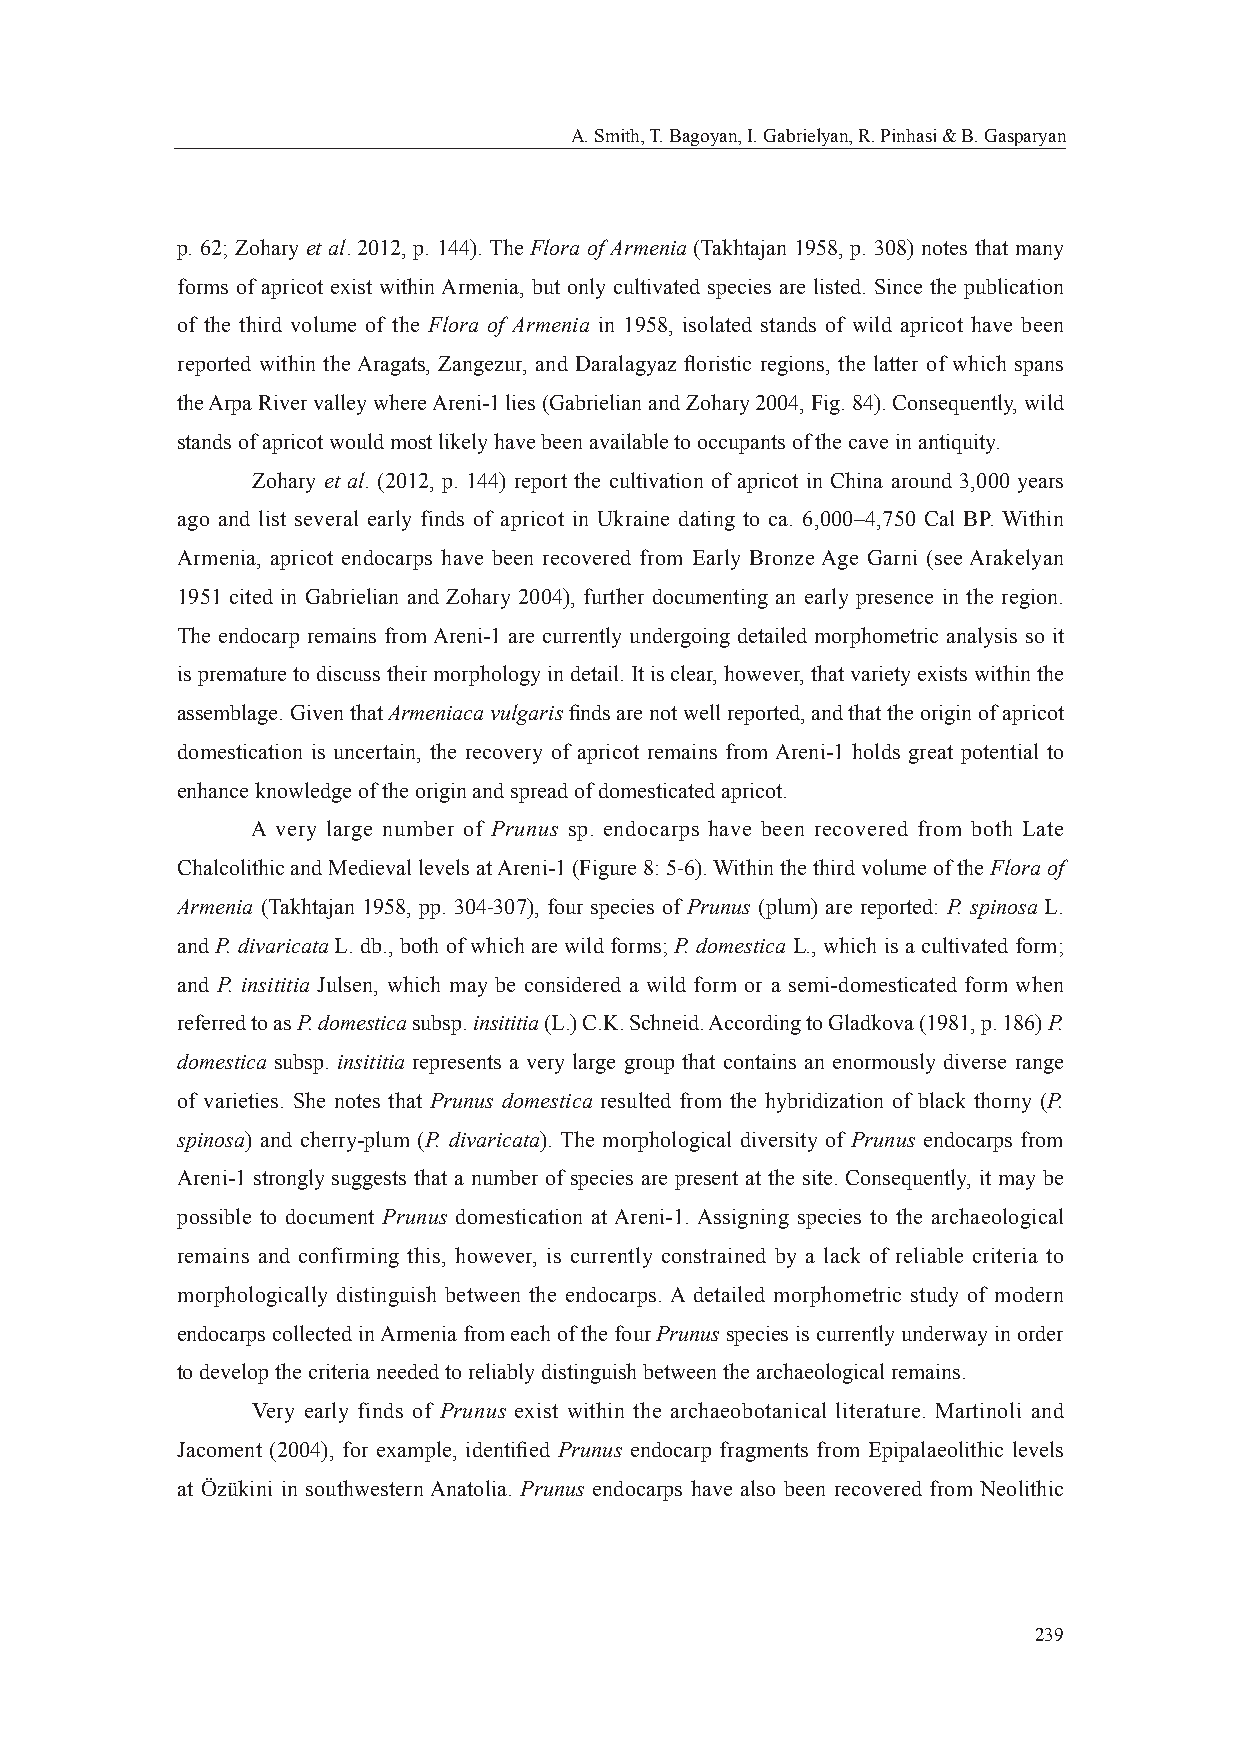
A. Smith, T. Bagoyan, I. Gabrielyan, R. Pinhasi & B. Gasparyan
 p. 62; Zohary et al. 2012, p. 144). The Flora of Armenia (Takhtajan 1958, p. 308) notes that many
 forms of apricot exist within Armenia, but only cultivated species are listed. Since the publication
 of the third volume of the Flora of Armenia in 1958, isolated stands of wild apricot have been
 reported within the Aragats, Zangezur, and Daralagyaz fl oristic regions, the latter of which spans
 the Arpa River valley where Areni-1 lies (Gabrielian and Zohary 2004, Fig. 84). Consequently, wild
 stands of apricot would most likely have been available to occupants of the cave in antiquity.
 Zohary et al. (2012, p. 144) report the cultivation of apricot in China around 3,000 years
 ago and list several early finds of apricot in Ukraine dating to ca. 6,000–4,750 Cal BP. Within
 Armenia, apricot endocarps have been recovered from Early Bronze Age Garni (see Arakelyan
 1951 cited in Gabrielian and Zohary 2004), further documenting an early presence in the region.
 The endocarp remains from Areni-1 are currently undergoing detailed morphometric analysis so it
 is premature to discuss their morphology in detail. It is clear, however, that variety exists within the
 assemblage. Given that Armeniaca vulgaris fi nds are not well reported, and that the origin of apricot
 domestication is uncertain, the recovery of apricot remains from Areni-1 holds great potential to
 enhance knowledge of the origin and spread of domesticated apricot.
 A very large number of Prunus sp. endocarps have been recovered from both Late
 Chalcolithic and Medieval levels at Areni-1 (Figure 8: 5-6). Within the third volume of the Flora of
 Armenia (Takhtajan 1958, pp. 304-307), four species of Prunus (plum) are reported: P. spinosa L.
 and P. divaricata L. db., both of which are wild forms; P. domestica L., which is a cultivated form;
 and P. insititia Julsen, which may be considered a wild form or a semi-domesticated form when
 referred to as P. domestica subsp. insititia (L.) C.K. Schneid. According to Gladkova (1981, p. 186) P.
 domestica subsp. insititia represents a very large group that contains an enormously diverse range
 of varieties. She notes that Prunus domestica resulted from the hybridization of black thorny (P.
 spinosa) and cherry-plum (P. divaricata). The morphological diversity of Prunus endocarps from
 Areni-1 strongly suggests that a number of species are present at the site. Consequently, it may be
 possible to document Prunus domestication at Areni-1. Assigning species to the archaeological
 remains and confirming this, however, is currently constrained by a lack of reliable criteria to
 morphologically distinguish between the endocarps. A detailed morphometric study of modern
 endocarps collected in Armenia from each of the four Prunus species is currently underway in order
 to develop the criteria needed to reliably distinguish between the archaeological remains.
 Very early finds of Prunus exist within the archaeobotanical literature. Martinoli and
 Jacoment (2004), for example, identifi ed Prunus endocarp fragments from Epipalaeolithic levels
 at Özükini in southwestern Anatolia. Prunus endocarps have also been recovered from Neolithic
 239